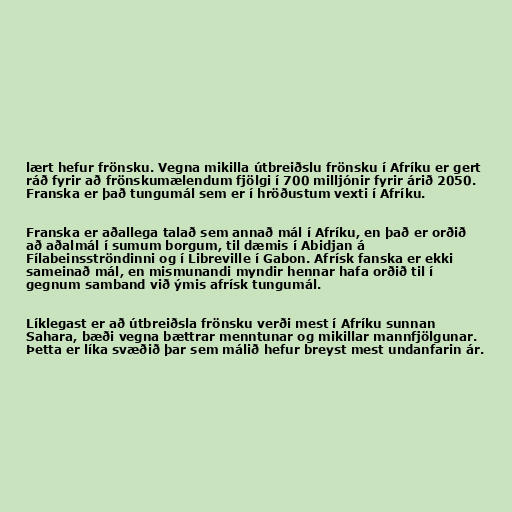
lært hefur frönsku. Vegna mikilla útbreiðslu frönsku í Afríku er gert
ráð fyrir að frönskumælendum fjölgi í 700 milljónir fyrir árið 2050.
Franska er það tungumál sem er í hröðustum vexti í Afríku.

Franska er aðallega talað sem annað mál í Afríku, en það er orðið
að aðalmál í sumum borgum, til dæmis í Abidjan á
Fílabeinsströndinni og í Libreville í Gabon. Afrísk fanska er ekki
sameinað mál, en mismunandi myndir hennar hafa orðið til í
gegnum samband við ýmis afrísk tungumál.

Líklegast er að útbreiðsla frönsku verði mest í Afríku sunnan
Sahara, bæði vegna bættrar menntunar og mikillar mannfjölgunar.
Þetta er líka svæðið þar sem málið hefur breyst mest undanfarin ár.